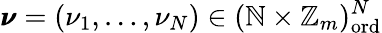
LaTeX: \pmb{\nu}=(\nu_{1},\dots,\nu_{N})\in(\mathbb{N}\times\mathbb{Z}_{m})_{\mathrm{ord}}^{N}